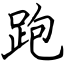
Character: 跑